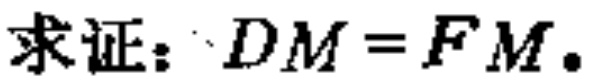
求证：\(DM = FM.\)